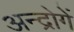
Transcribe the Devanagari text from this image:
अन्द्रोगें